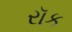
રૉક